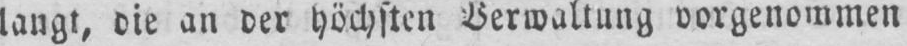
langt, die an der höchsten Verwaltung vorgenommen